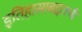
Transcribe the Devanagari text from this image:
इतिहासाबद्दलची